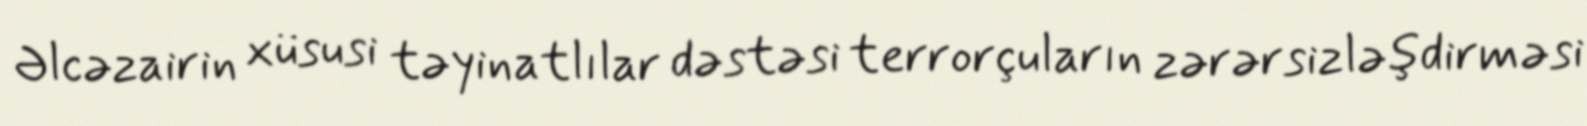
Əlcəzairin xüsusi təyinatlılar dəstəsi terrorçuların zərərsizləşdirməsi